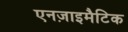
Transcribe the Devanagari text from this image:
एनज़ाइमैटिक